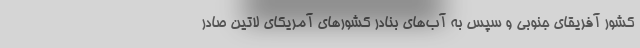
کشور آفریقای جنوبی و سپس به آب‌های بنادر کشورهای آمریکای لاتین صادر